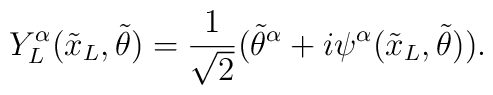
Y^{\alpha}_L({\tilde x_L},{\tilde \theta}) = \frac{1}{\sqrt{2}} ({{\tilde \theta}^{\alpha}} + i\psi^{\alpha}({\tilde x_L},{\tilde \theta})).